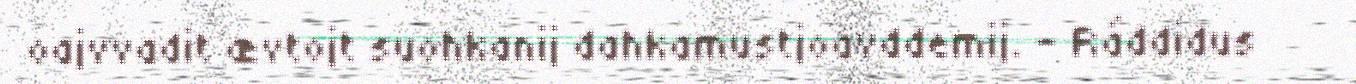
oajvvadit ævtojt suohkanij dahkamustjoavddemij. - Ráddidus